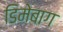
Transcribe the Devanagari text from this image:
डिमेबाग